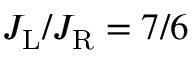
J _ { \mathrm { L } } / J _ { \mathrm { R } } = 7 / 6